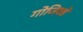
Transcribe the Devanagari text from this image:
गोजिवडे